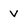
Character: v